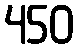
450